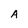
Character: A